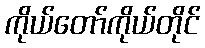
ကိုယ်တော်ကိုယ်တိုင်